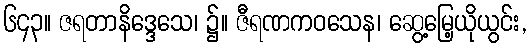
၆၄၃။ ဇရတာနိဒ္ဒေသေ၊ ၌။ ဇီရဏကဝသေန၊ ဆွေ့မြေ့ယိုယွင်း,